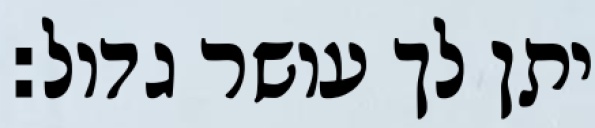
יתן לך עושר גדול: